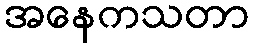
အနေကသတာ